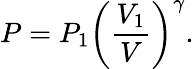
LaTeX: P=P_{1}\left({\frac{V_{1}}{V}}\right)^{\gamma}.